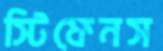
স্টিফেনস